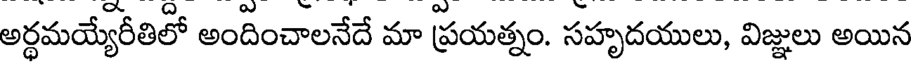
అర్ధమయ్యేరీతిలో అందించాలనేదే మా ప్రయత్నం. సహృదయులు, విజ్ఞులు అయిన